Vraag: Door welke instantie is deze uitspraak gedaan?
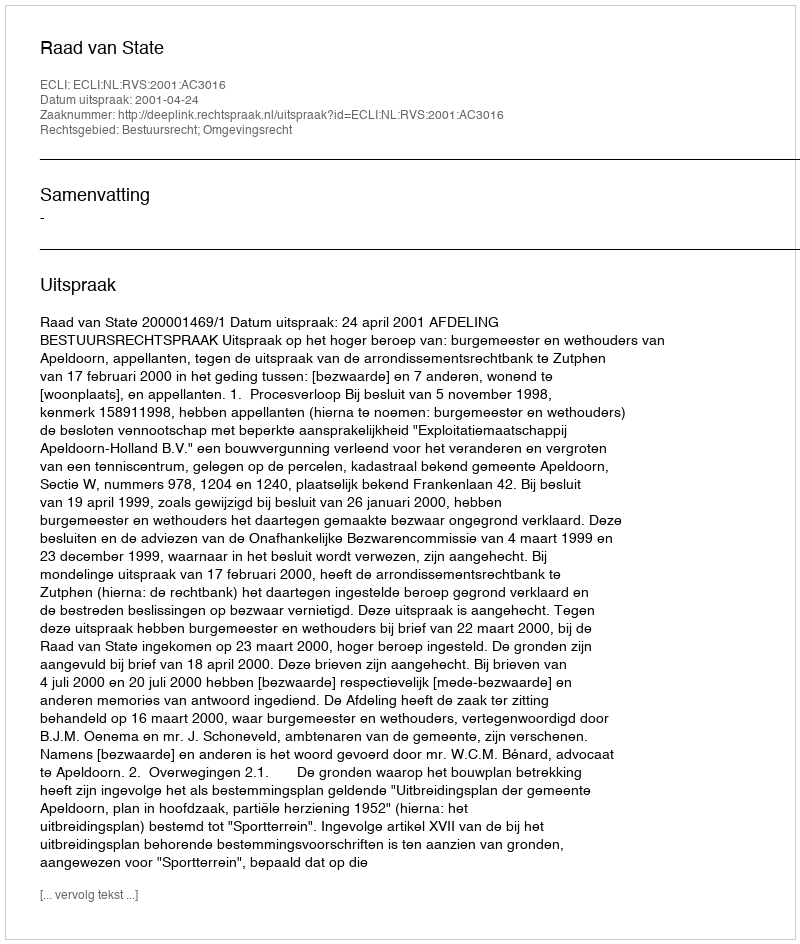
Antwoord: Raad van State